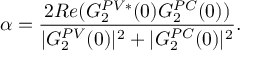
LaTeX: \alpha = \frac { 2 R e ( G _ { 2 } ^ { P V * } ( 0 ) G _ { 2 } ^ { P C } ( 0 ) ) } { | G _ { 2 } ^ { P V } ( 0 ) | ^ { 2 } + | G _ { 2 } ^ { P C } ( 0 ) | ^ { 2 } } .